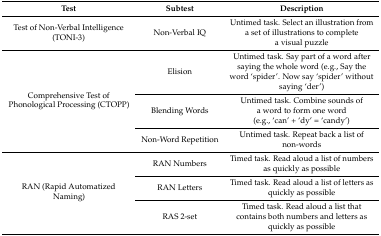
<table><thead><tr><td><b>Test</b></td><td><b>Subtest</b></td><td><b>Description</b></td></tr></thead><tbody><tr><td>Test of Non-Verbal Intelligence (TONI-3)</td><td>Non-Verbal IQ</td><td>Untimed task. Select an illustration from a set of illustrations to complete a visual puzzle</td></tr><tr><td rowspan="3">Comprehensive Test of Phonological Processing (CTOPP)</td><td>Elision</td><td>Untimed task. Say part of a word after saying the whole word (e.g., Say the word ‘spider’. Now say ‘spider’ without saying ‘der’)</td></tr><tr><td>Blending Words</td><td>Untimed task. Combine sounds of a word to form one word (e.g., ‘can’ + ‘dy’ = ‘candy’)</td></tr><tr><td>Non-Word Repetition</td><td>Untimed task. Repeat back a list of non-words</td></tr><tr><td rowspan="3">RAN (Rapid Automatized Naming) </td><td>RAN Numbers</td><td>Timed task. Read aloud a list of numbers as quickly as possible</td></tr><tr><td>RAN Letters</td><td>Timed task. Read aloud a list of letters as quickly as possible</td></tr><tr><td>RAS 2-set</td><td>Timed task. Read aloud a list that contains both numbers and letters as quickly as possible</td></tr></tbody></table>